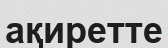
ақиретте